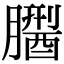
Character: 𦡅